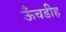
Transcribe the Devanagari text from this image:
ऊँचडीह